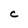
Character: c